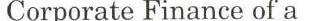
Corporate Finance of a